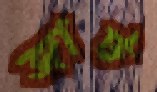
জাট